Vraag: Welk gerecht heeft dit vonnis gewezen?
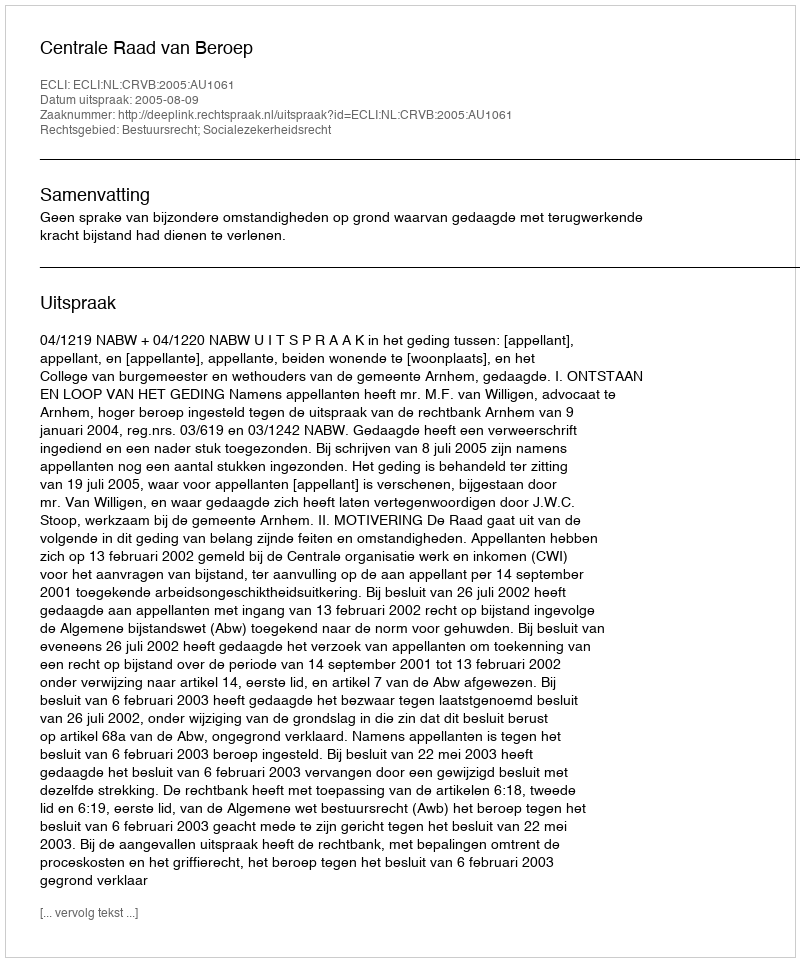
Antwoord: Centrale Raad van Beroep